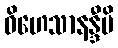
ဝိဟေသာနန္ဒီပိ